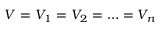
V = V _ { 1 } = V _ { 2 } = \ldots = V _ { n }